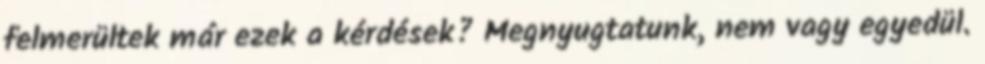
felmerültek már ezek a kérdések? Megnyugtatunk, nem vagy egyedül.